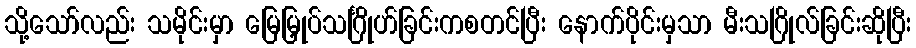
သို့သော်လည်း သမိုင်းမှာ မြေမြှုပ်သင်္ဂြိုဟ်ခြင်းကစတင်ပြီး နောက်ပိုင်းမှသာ မီးသဂြိုလ်ခြင်းဆိုပြီး